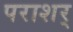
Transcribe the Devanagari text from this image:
पराशर्